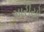
મારીયો